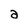
Character: a